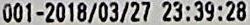
001-2018/03/27 23:39:28